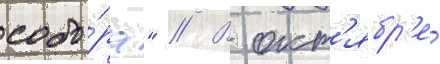
собо́ра" // В окт'ябр'е́